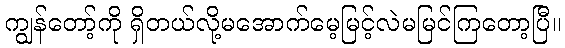
ကျွန်တော့်ကို ရှိတယ်လို့မအောက်မေ့မြင့်လဲမမြင်ကြတော့ပြီ။